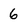
Character: 6